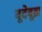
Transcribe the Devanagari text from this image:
बूदेबूझ